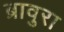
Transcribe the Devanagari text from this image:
ब्रावुरा